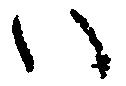
い